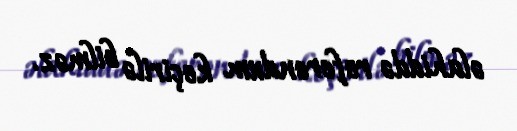
əlahiddə referendum keçirilə bilməz.